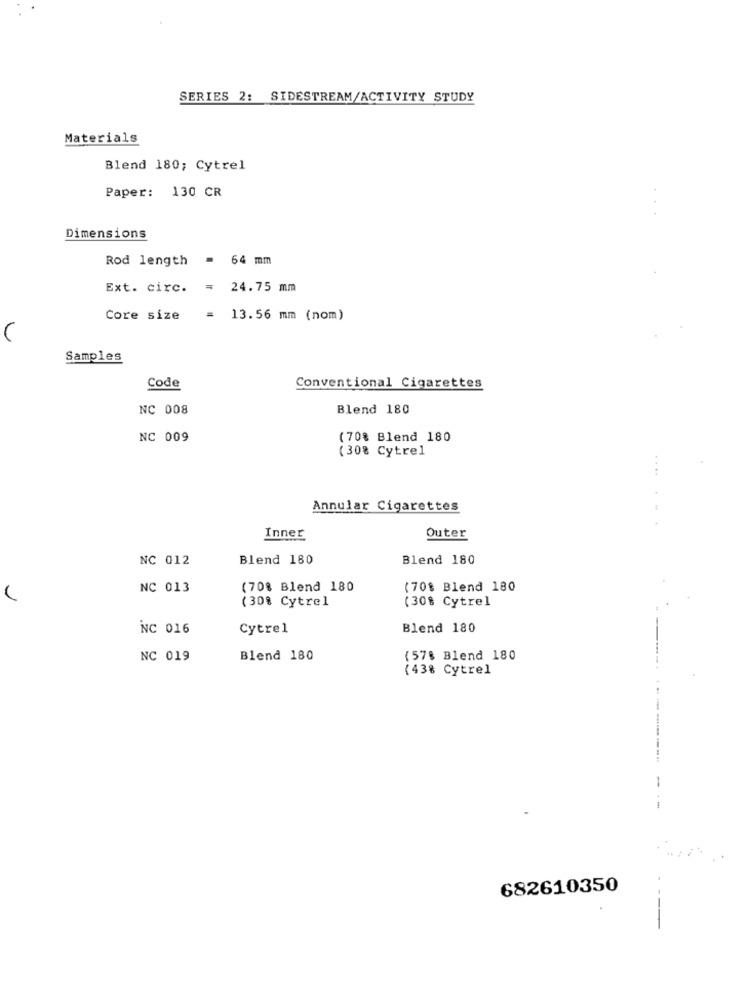
SERIES 2: SIDESTREAM/ACTIVITY STUDY
Materials
Blend 180; Cytrel
Paper: 130 CR
Dimensions
Rod length = 64 mm
Ext. circ. = 24.75 mm
Core size
= 13.56 mm (nom)
Samples
Code
Conventional Cigarettes
NC 008
Blend 180
NC 009
(70% Blend 180
(30% Cytrel
...
Annular Cigarettes
Inner
Outer
NC 012
Blend 180
Blend 180
NC 013
(70% Blend 180
(70% Blend 180
(30% Cytrel
(30% Cytrel
NC 016
Cytrel
Blend 180
NC 019
Blend 180
(578 Blend 180
(43% Cytrel
682610350